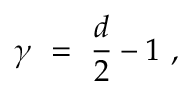
\gamma \ = \ \frac { d } { 2 } - 1 \ ,